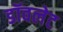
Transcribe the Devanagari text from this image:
डॉवलेट